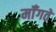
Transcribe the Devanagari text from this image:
मॉँगते